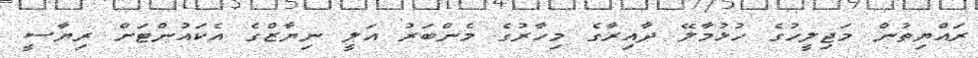
ރައްޔިތުން މަޖިލީހުގެ ހުޅުމާލޭ ދާއިރާގެ މިހާރުގެ މެންބަރު އަލީ ނިޔާޒްގެ އެކައުންޓަށް ރިޔާސީ